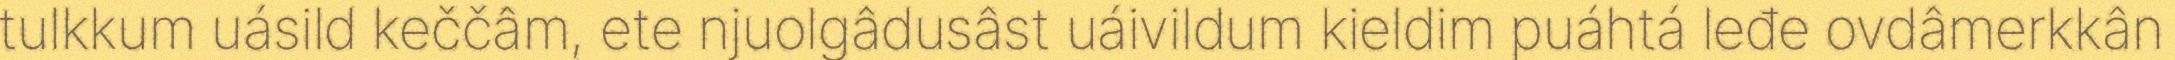
tulkkum uásild keččâm, ete njuolgâdusâst uáivildum kieldim puáhtá leđe ovdâmerkkân